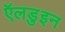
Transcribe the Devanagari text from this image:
ऍलडुइन